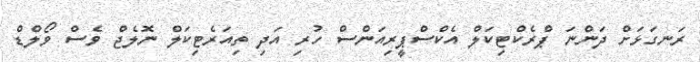
ރަނގަޅަށް ދަންނަ ޕްރެކްޓިކަލް އެކްސްޕީރިއަންސް ހުރި އަދި ތިއަރެޓިކަލް ނޮލެޖް ވެސް ވޯލްޑް